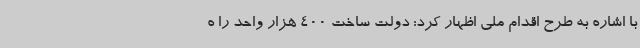
با اشاره به طرح اقدام ملی اظهار کرد: دولت ساخت 400 هزار واحد را ه